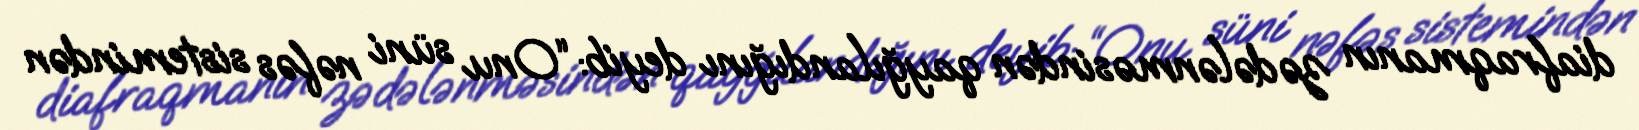
diafraqmanın zədələnməsindən qayğılandığını deyib: “Onu süni nəfəs sistemindən